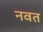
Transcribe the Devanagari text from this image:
नवत